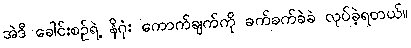
အဲဒီ ခေါင်းစဉ်ရဲ့ နိဂုံး ကောက်ချက်ကို ခက်ခက်ခဲခဲ လုပ်ခဲ့ရတယ်။